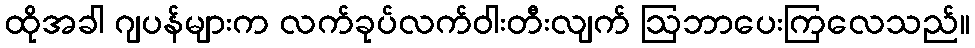
ထိုအခါ ဂျပန်များက လက်ခုပ်လက်ဝါးတီးလျက် ဩဘာပေးကြလေသည်။